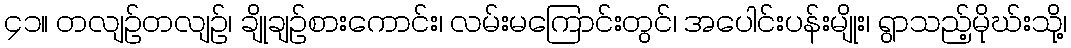
၄၁။ တလျဉ်တလျဉ်၊ ချိုချဉ်စားကောင်း၊ လမ်းမကြောင်းတွင်၊ အပေါင်းပန်းမျိုး၊ ရွာသည့်မိုဃ်းသို့၊